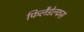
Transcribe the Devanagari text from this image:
फिलैडेल्फस